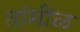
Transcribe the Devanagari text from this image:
तांमीळ